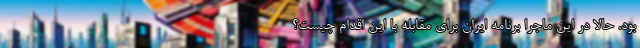
بود. حالا در این ماجرا برنامه ایران برای مقابله با این اقدام چیست؟